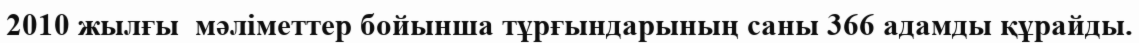
2010 жылғы  мәліметтер бойынша тұрғындарының саны 366 адамды құрайды.